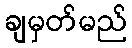
ချမှတ်မည်